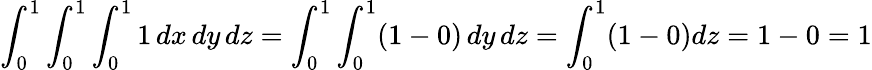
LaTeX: \int_{0}^{1}\int_{0}^{1}\int_{0}^{1}1\, dx\, dy\, dz=\int_{0}^{1}\int_{0}^{1}(1-0)\, dy\, dz=\int_{0}^{1}(1-0)dz=1-0=1